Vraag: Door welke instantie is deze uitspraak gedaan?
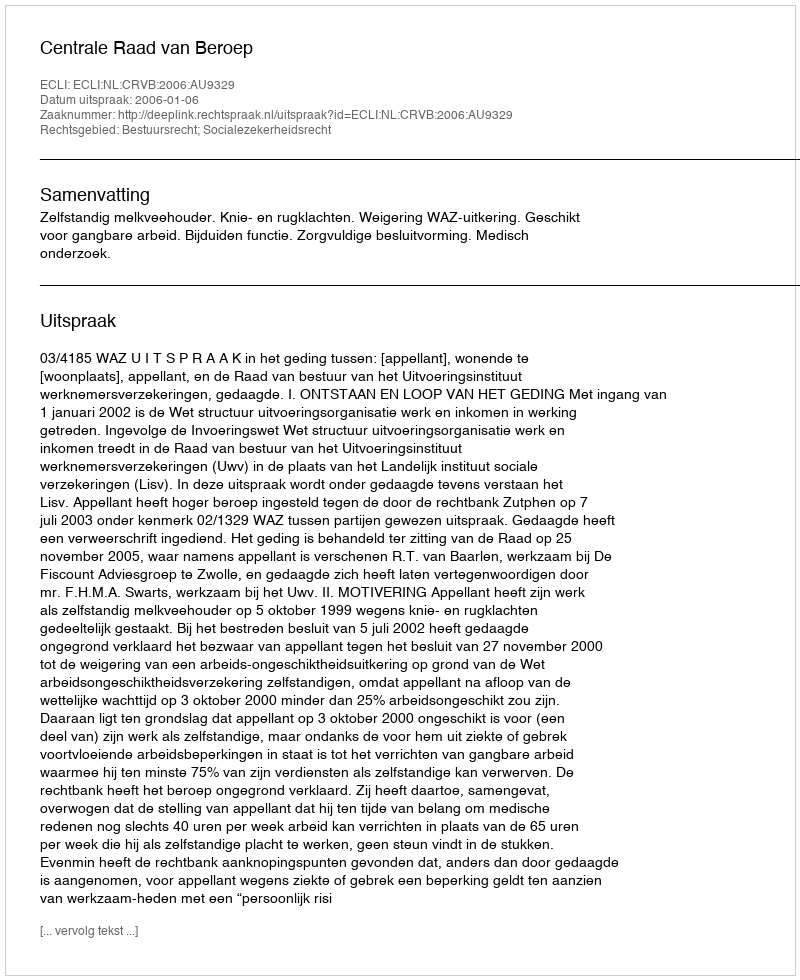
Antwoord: Centrale Raad van Beroep